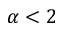
\alpha < 2